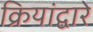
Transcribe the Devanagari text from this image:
क्रियांद्वारे